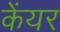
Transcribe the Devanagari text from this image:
केंयर